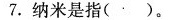
7.纳米是指( )。